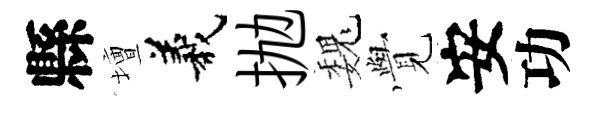
縣壇義抛巍𮗜安功